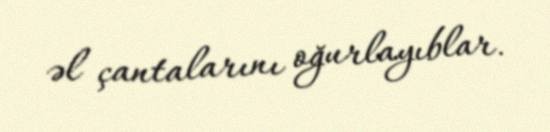
əl çantalarını oğurlayıblar.